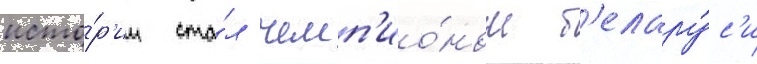
исто́р'ии ста́л чемп'ио́ном б'елару́с'и